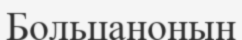
Больцаноның